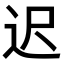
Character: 迟